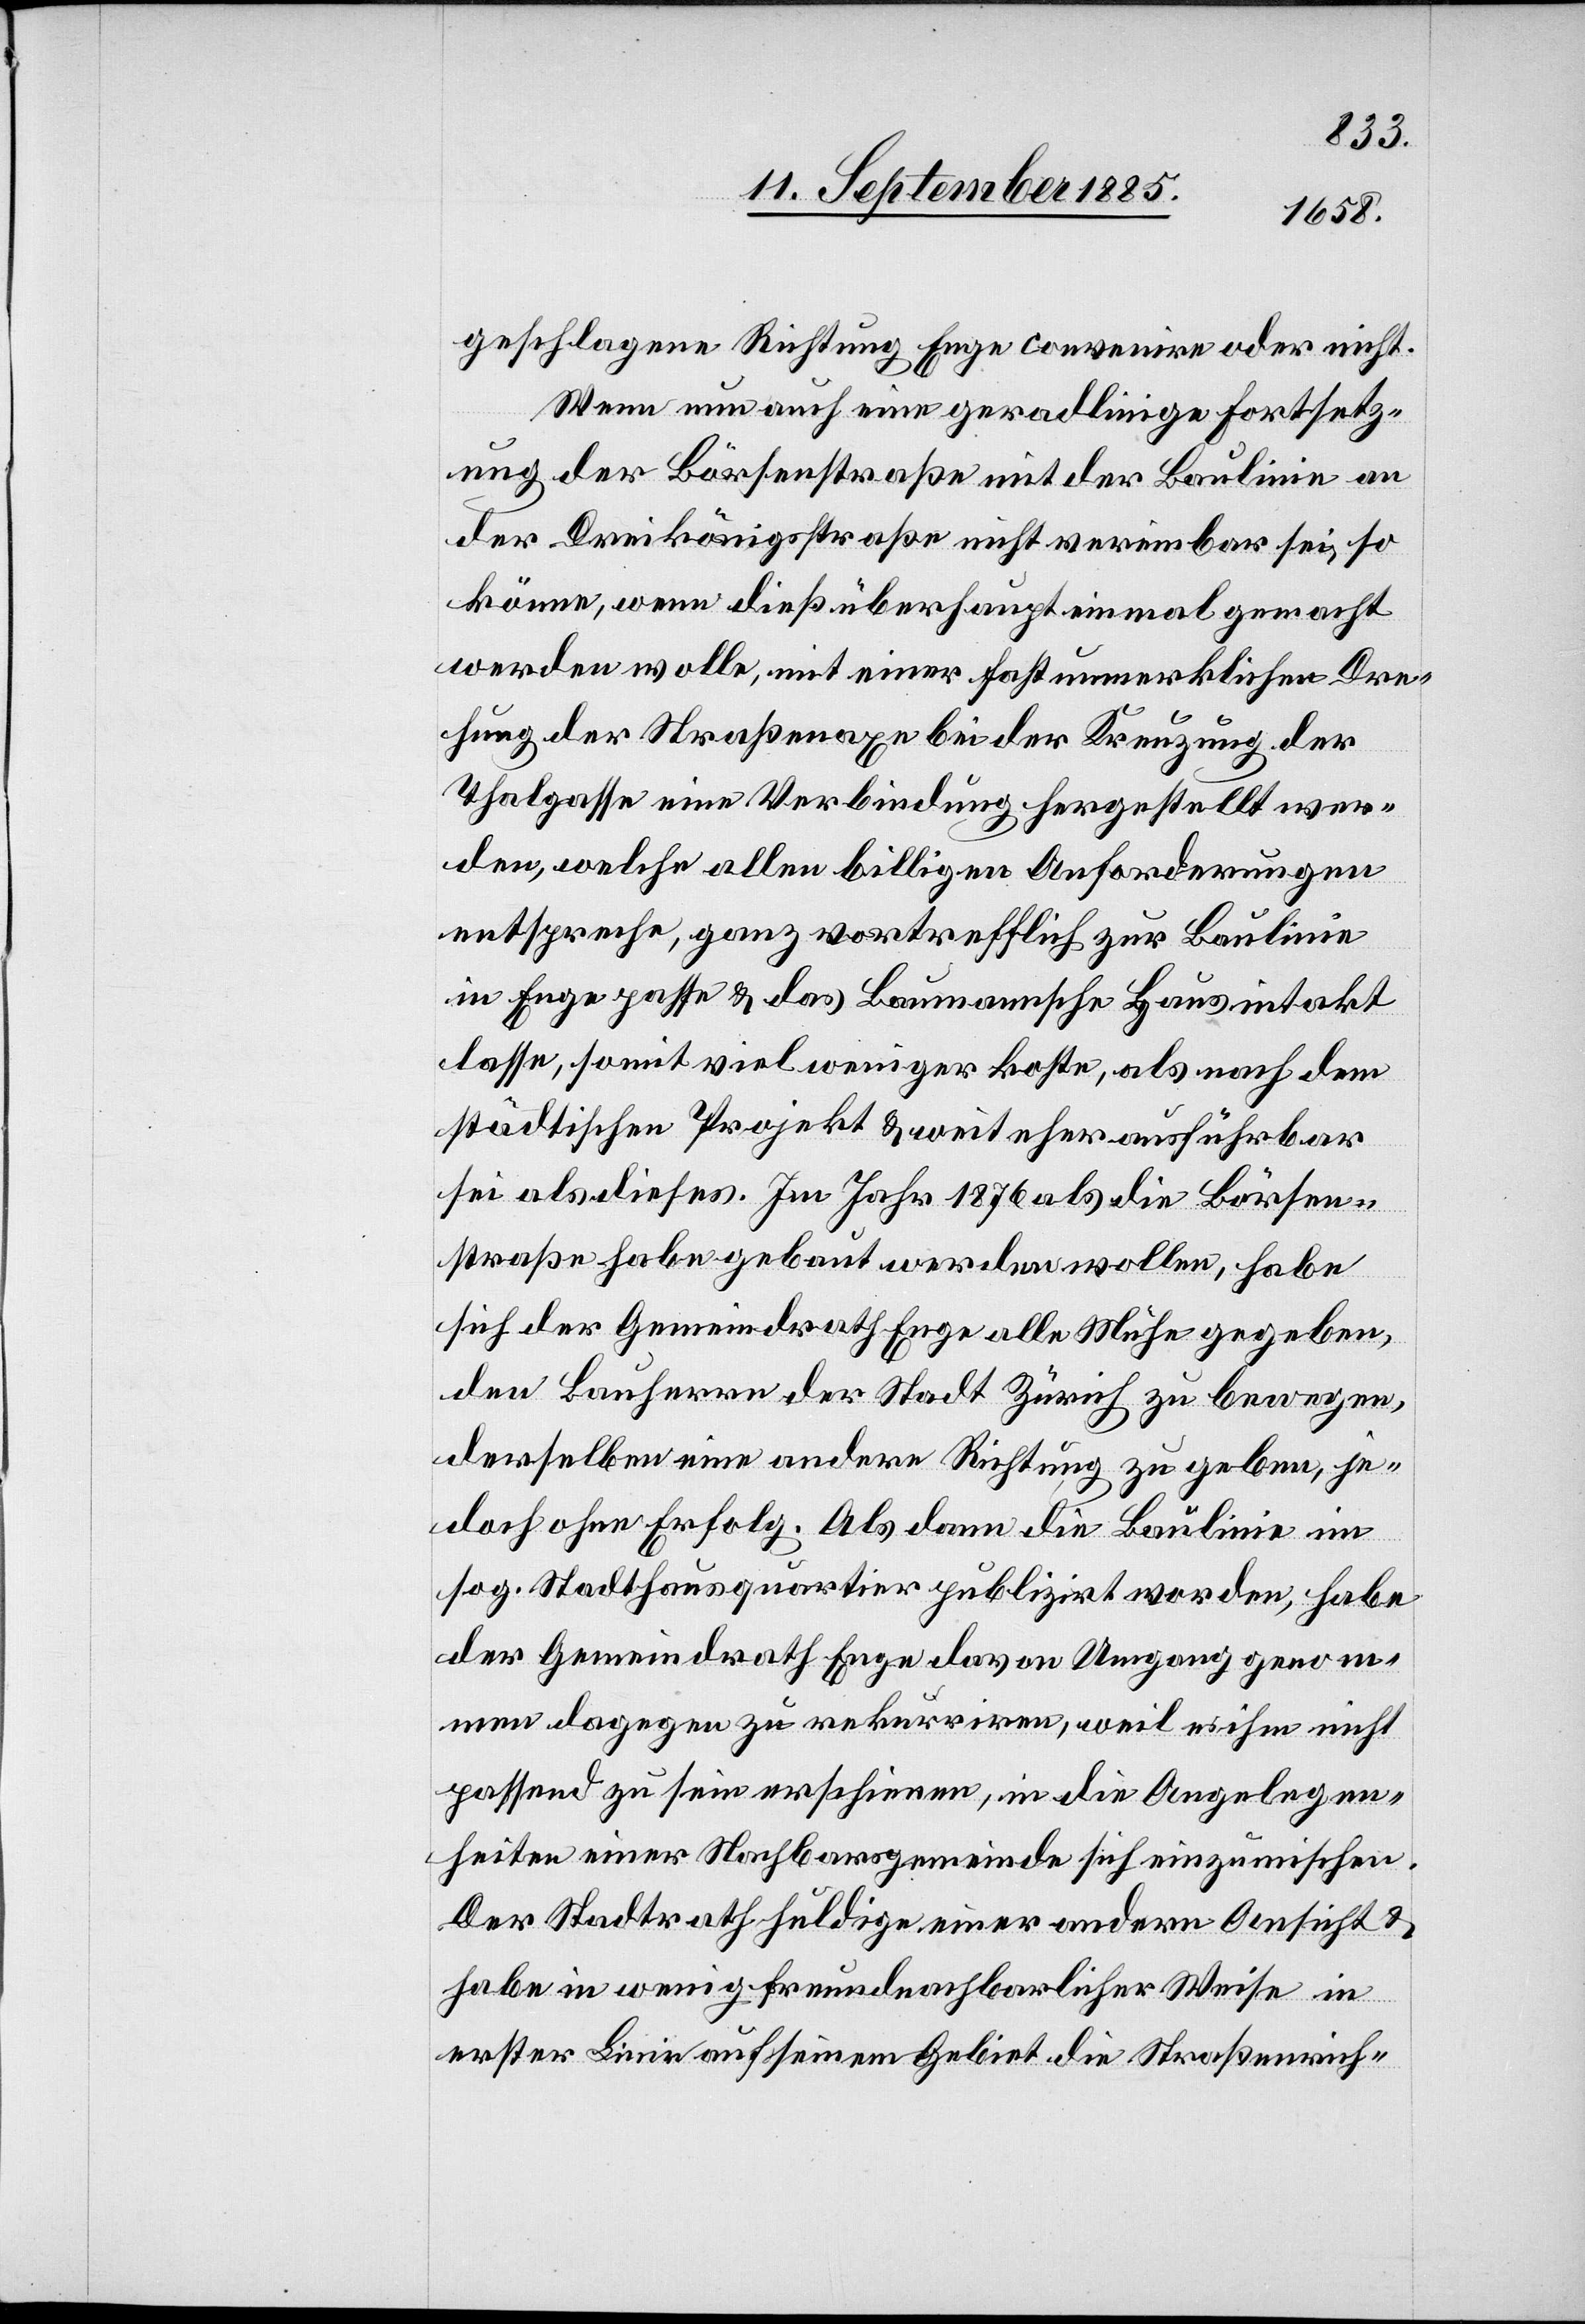
geschlagene Richtung Enge convenire oder nicht.
Wenn nun auch eine geradlinige Fortsetz¬
ung der Börsenstraße mit der Baulinie an
der Dreikönigsstraße nicht vereinbar sei, so
könne, wenn dieß überhaupt einmal gemacht
werden wolle, mit einer fast unmerklichen Dre¬
hung der Straßenaxe bei der Kreuzung der
Thalgasse eine Verbindung hergestellt wer¬
den, welche allen billigen Anforderungen
entspreche, ganz vortrefflich zur Baulinie
in Enge passe & das Baumannsche Haus intakt
lasse, somit viel weniger koste, als nach dem
städtischen Projekt & weit eher ausführbar
sei als dieses. Im Jahr 1876 als die Börsen¬
straße habe gebaut werden wollen, habe
sich der Gemeindrath Enge alle Mühe gegeben,
den Bauherrn der Stadt Zürich zu bewegen,
derselben eine andere Richtung zu geben, je¬
doch ohne Erfolg. Als dann die Baulinie im
sog. Stadthausquartier publizirt worden, habe
der Gemeindrath Enge davon Umgang genom¬
men dagegen zu rekurriren, weil es ihm nicht
passend zu sein erschienen, in die Angelegen¬
heiten einer Nachbarsgemeinde sich einzumischen.
Der Stadtrath huldige einer andern Ansicht &
habe in wenig freundnachbarlicher Weise in
erster Linie auf seinem Gebiet die Straßenrich-